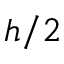
h / 2